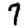
Digit: 7